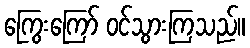
ကြွေးကြော် ဝင်သွားကြသည်။